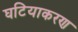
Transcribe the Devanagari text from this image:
घटियाकरण